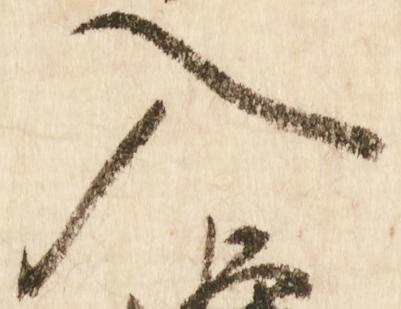
入